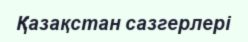
Қазақстан сазгерлері